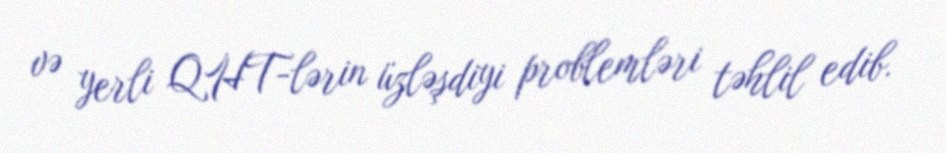
və yerli QHT-lərin üzləşdiyi problemləri təhlil edib.